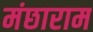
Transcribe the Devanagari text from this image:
मंछाराम